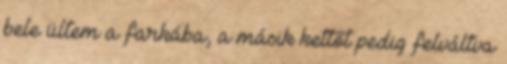
bele ültem a farkába, a másik kettőt pedig felváltva